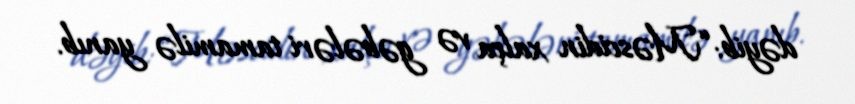
dəyib: “Məscidin xalça və gəbələri tamamilə yanıb.